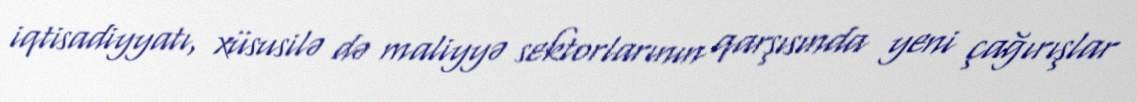
iqtisadiyyatı, xüsusilə də maliyyə sektorlarının qarşısında yeni çağırışlar